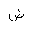
Letter: _dad